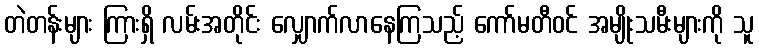
တဲတန်းများ ကြားရှိ လမ်းအတိုင်း လျှောက်လာနေကြသည့် ကော်မတီဝင် အမျိုးသမီးများကို သူ